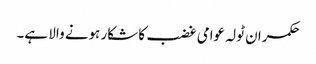
حکمران ٹولہ عوامی غضب کا شکار ہونے والا ہے۔